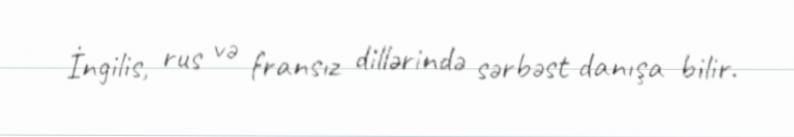
İngilis, rus və fransız dillərində sərbəst danışa bilir.